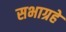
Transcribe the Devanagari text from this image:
सभाग्रहे